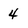
Character: 4